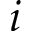
i